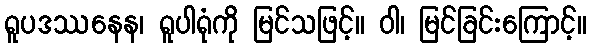
ရူပဒဿနေန၊ ရူပါရုံကို မြင်သဖြင့်။ ဝါ၊ မြင်ခြင်းကြောင့်။